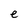
Character: e